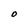
Character: O